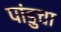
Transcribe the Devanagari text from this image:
पांडुचा